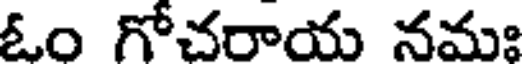
ఓం గోచరాయ నమః